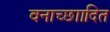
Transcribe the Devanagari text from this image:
वनाच्छाादित